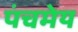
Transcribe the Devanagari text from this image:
पंचमेय